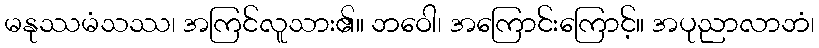
မနုဿမံသဿ၊ အကြင်လူသား၏။ ဘဝေါ၊ အကြောင်းကြောင့်။ အပုညာလာဘံ၊